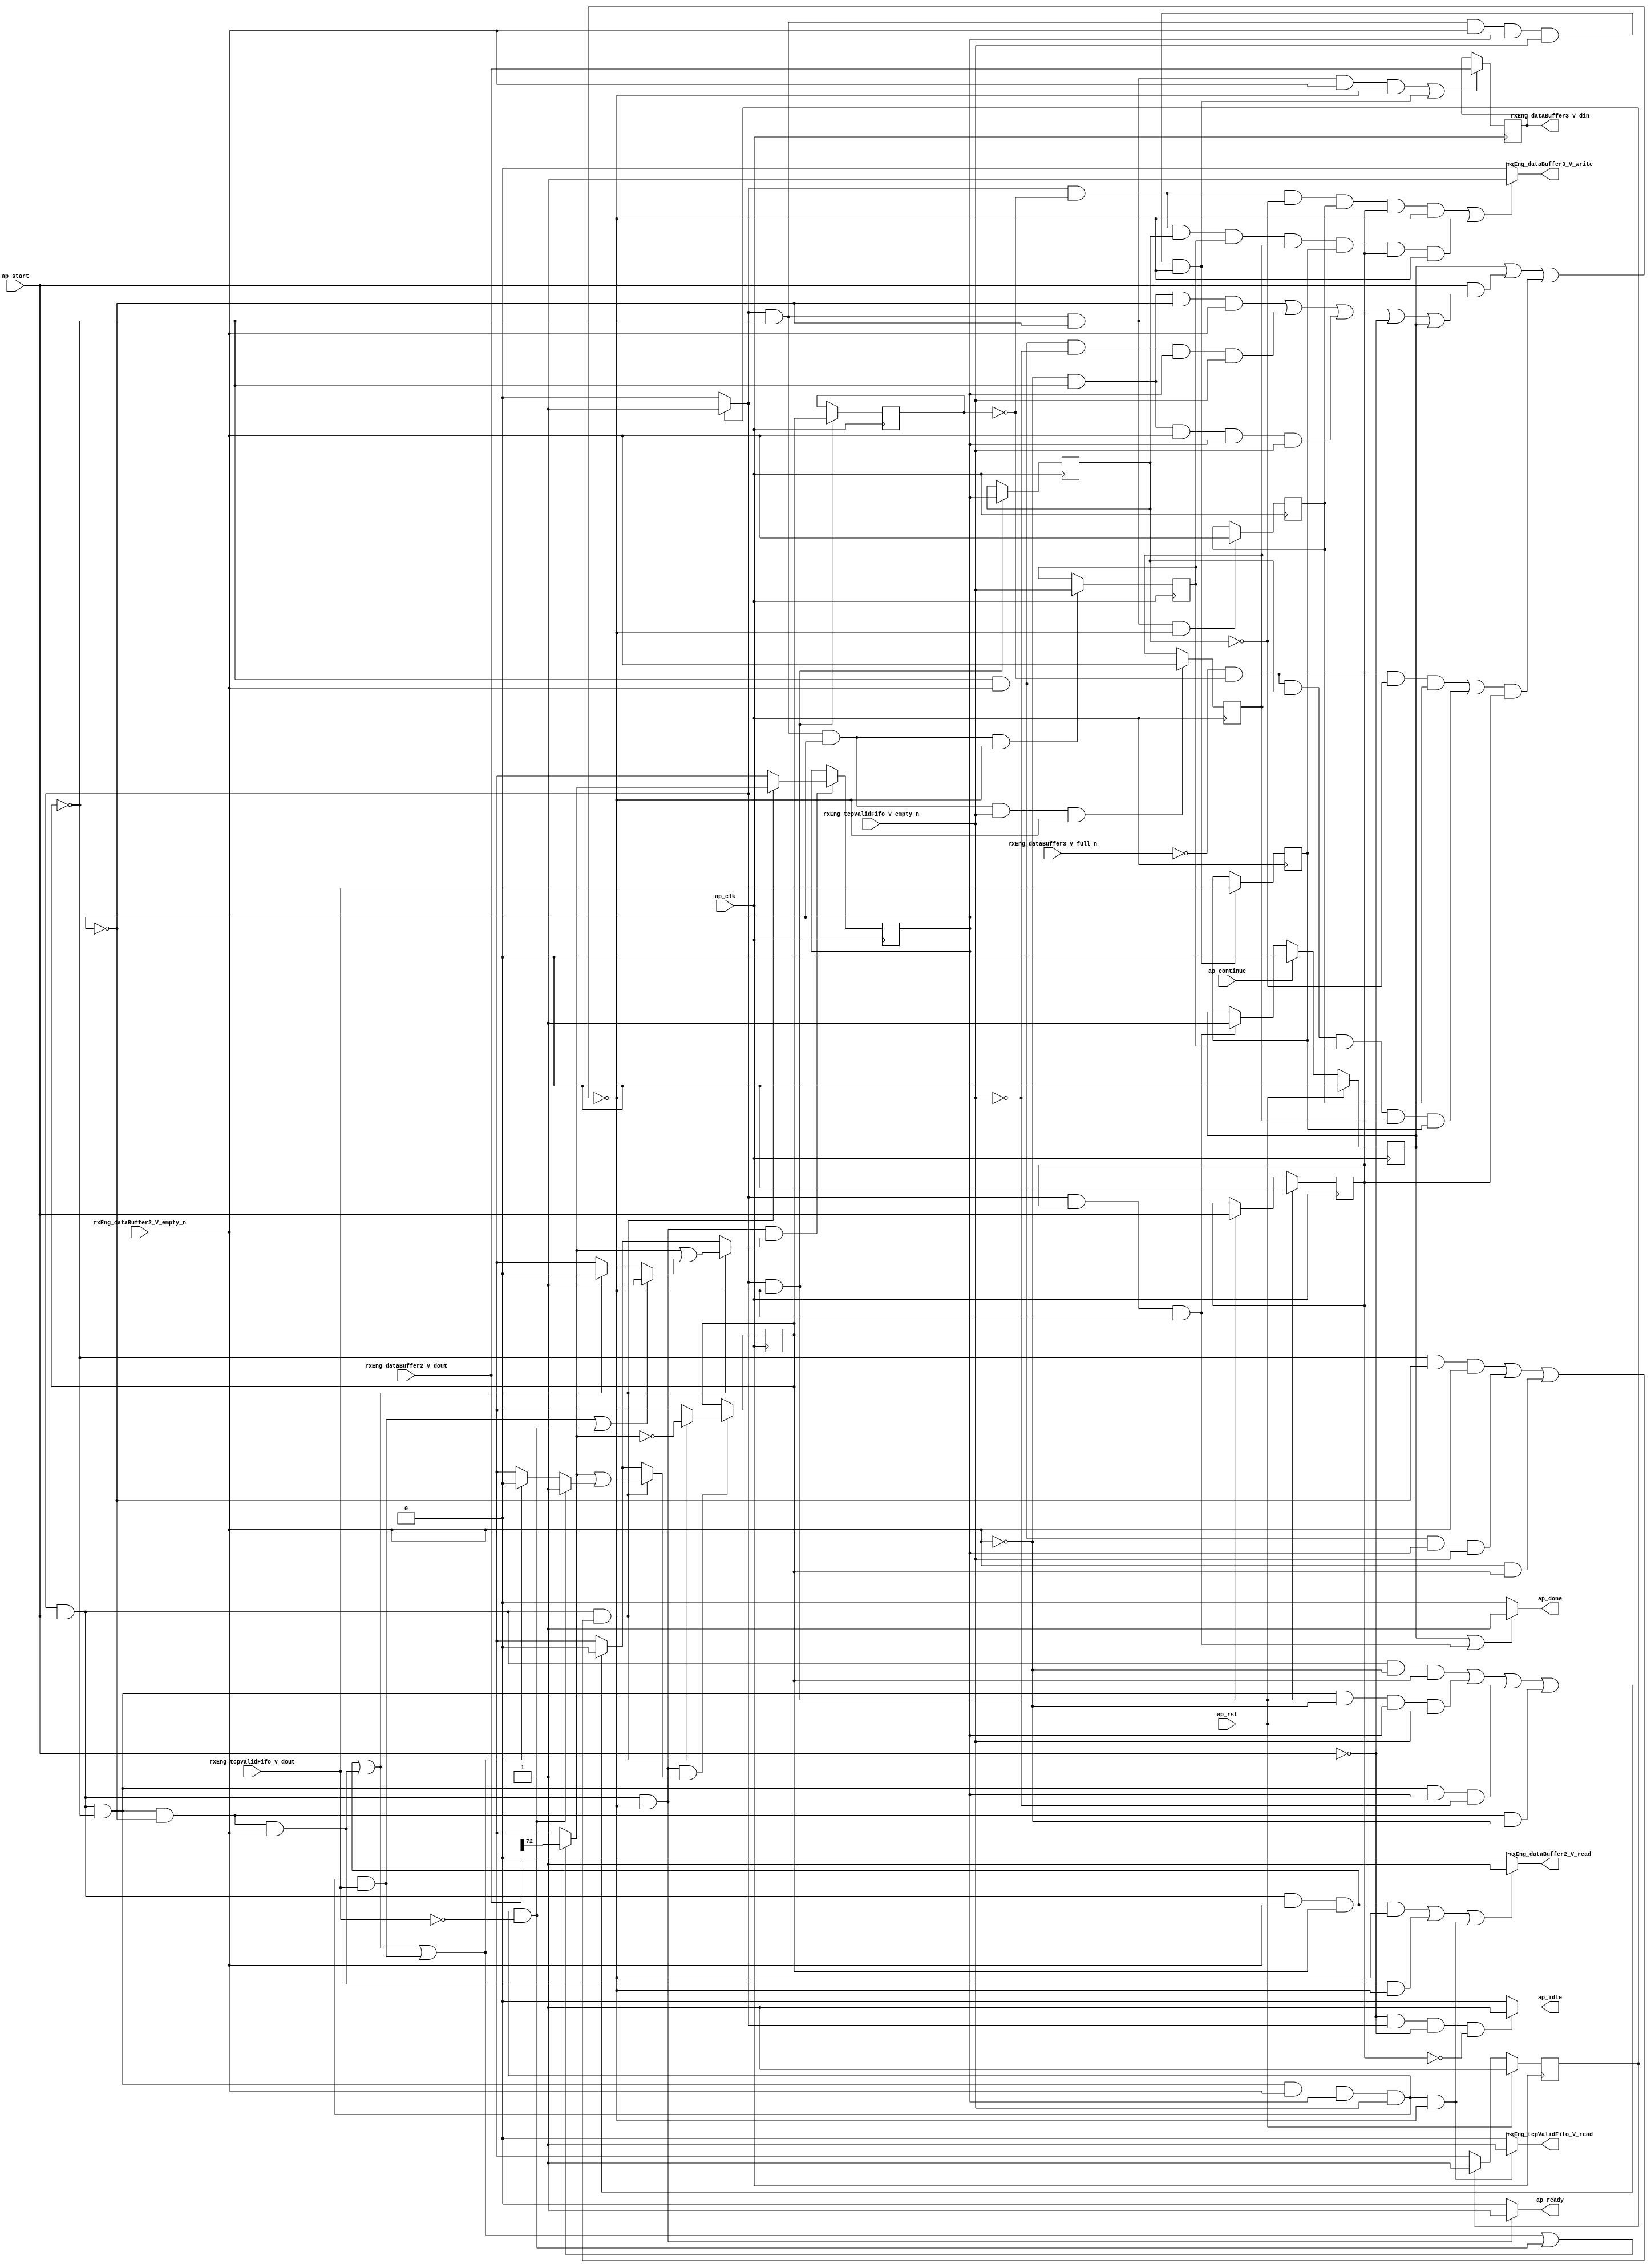
// ==============================================================
// RTL generated by Vivado(TM) HLS - High-Level Synthesis from C, C++ and SystemC
// Version: 2015.1
// Copyright (C) 2015 Xilinx Inc. All rights reserved.
// 
// ===========================================================

`timescale 1 ns / 1 ps 

module toe_rxTcpInvalidDropper (
        ap_clk,
        ap_rst,
        ap_start,
        ap_done,
        ap_continue,
        ap_idle,
        ap_ready,
        rxEng_dataBuffer2_V_dout,
        rxEng_dataBuffer2_V_empty_n,
        rxEng_dataBuffer2_V_read,
        rxEng_tcpValidFifo_V_dout,
        rxEng_tcpValidFifo_V_empty_n,
        rxEng_tcpValidFifo_V_read,
        rxEng_dataBuffer3_V_din,
        rxEng_dataBuffer3_V_full_n,
        rxEng_dataBuffer3_V_write
);

parameter    ap_const_logic_1 = 1'b1;
parameter    ap_const_logic_0 = 1'b0;
parameter    ap_ST_pp0_stg0_fsm_0 = 1'b1;
parameter    ap_const_lv32_0 = 32'b00000000000000000000000000000000;
parameter    ap_const_lv1_1 = 1'b1;
parameter    ap_const_lv1_0 = 1'b0;
parameter    ap_const_lv32_48 = 32'b1001000;
parameter    ap_true = 1'b1;

input   ap_clk;
input   ap_rst;
input   ap_start;
output   ap_done;
input   ap_continue;
output   ap_idle;
output   ap_ready;
input  [72:0] rxEng_dataBuffer2_V_dout;
input   rxEng_dataBuffer2_V_empty_n;
output   rxEng_dataBuffer2_V_read;
input  [0:0] rxEng_tcpValidFifo_V_dout;
input   rxEng_tcpValidFifo_V_empty_n;
output   rxEng_tcpValidFifo_V_read;
output  [72:0] rxEng_dataBuffer3_V_din;
input   rxEng_dataBuffer3_V_full_n;
output   rxEng_dataBuffer3_V_write;

reg ap_done;
reg ap_idle;
reg ap_ready;
reg rxEng_dataBuffer2_V_read;
reg rxEng_tcpValidFifo_V_read;
reg rxEng_dataBuffer3_V_write;
reg    ap_done_reg = 1'b0;
(* fsm_encoding = "none" *) reg   [0:0] ap_CS_fsm = 1'b1;
reg    ap_sig_cseq_ST_pp0_stg0_fsm_0;
reg    ap_sig_bdd_20;
wire    ap_reg_ppiten_pp0_it0;
reg    ap_reg_ppiten_pp0_it1 = 1'b0;
wire   [0:0] grp_nbreadreq_fu_68_p3;
wire   [0:0] tmp_82_nbreadreq_fu_82_p3;
reg    ap_sig_bdd_75;
reg   [0:0] rtid_drop_load_reg_288;
reg   [0:0] rtid_firstWord_load_reg_292;
reg   [0:0] tmp_83_reg_296;
reg   [0:0] tmp_82_reg_300;
reg   [0:0] tmp_84_reg_304;
reg   [0:0] tmp_428_reg_308;
reg    ap_sig_bdd_108;
reg   [0:0] rtid_drop = 1'b0;
reg   [0:0] rtid_firstWord = 1'b1;
reg   [72:0] reg_242;
wire   [0:0] tmp_428_read_fu_90_p2;
wire   [0:0] ap_reg_phiprechg_rtid_drop_flag_1_reg_103pp0_it0;
reg   [0:0] rtid_drop_flag_1_phi_fu_106_p8;
wire   [0:0] ap_reg_phiprechg_rtid_firstWord_flag_reg_120pp0_it0;
reg   [0:0] rtid_firstWord_flag_phi_fu_123_p8;
wire   [0:0] ap_reg_phiprechg_tmp_s_reg_137pp0_it0;
reg   [0:0] tmp_s_phi_fu_140_p8;
wire   [0:0] ap_reg_phiprechg_rtid_drop_flag_2_reg_150pp0_it0;
reg   [0:0] rtid_drop_flag_2_phi_fu_153_p10;
wire   [0:0] p_rtid_drop_flag_1_fu_255_p2;
wire   [0:0] not_tmp_s_fu_262_p2;
wire   [0:0] ap_reg_phiprechg_rtid_drop_new_2_reg_170pp0_it0;
reg   [0:0] rtid_drop_new_2_phi_fu_173_p10;
wire   [0:0] ap_reg_phiprechg_rtid_firstWord_flag_1_reg_189pp0_it0;
reg   [0:0] rtid_firstWord_flag_1_phi_fu_192_p10;
wire   [0:0] p_rtid_firstWord_flag_fu_269_p2;
wire   [0:0] ap_reg_phiprechg_rtid_firstWord_new_1_reg_209pp0_it0;
reg   [0:0] rtid_firstWord_new_1_phi_fu_212_p10;
reg   [0:0] ap_NS_fsm;
reg    ap_sig_pprstidle_pp0;




/// the current state (ap_CS_fsm) of the state machine. ///
always @ (posedge ap_clk)
begin : ap_ret_ap_CS_fsm
    if (ap_rst == 1'b1) begin
        ap_CS_fsm <= ap_ST_pp0_stg0_fsm_0;
    end else begin
        ap_CS_fsm <= ap_NS_fsm;
    end
end

/// ap_done_reg assign process. ///
always @ (posedge ap_clk)
begin : ap_ret_ap_done_reg
    if (ap_rst == 1'b1) begin
        ap_done_reg <= ap_const_logic_0;
    end else begin
        if ((ap_const_logic_1 == ap_continue)) begin
            ap_done_reg <= ap_const_logic_0;
        end else if (((ap_const_logic_1 == ap_sig_cseq_ST_pp0_stg0_fsm_0) & (ap_const_logic_1 == ap_reg_ppiten_pp0_it1) & ~((ap_done_reg == ap_const_logic_1) | ((ap_const_logic_1 == ap_reg_ppiten_pp0_it0) & ap_sig_bdd_75) | (ap_sig_bdd_108 & (ap_const_logic_1 == ap_reg_ppiten_pp0_it1))))) begin
            ap_done_reg <= ap_const_logic_1;
        end
    end
end

/// ap_reg_ppiten_pp0_it1 assign process. ///
always @ (posedge ap_clk)
begin : ap_ret_ap_reg_ppiten_pp0_it1
    if (ap_rst == 1'b1) begin
        ap_reg_ppiten_pp0_it1 <= ap_const_logic_0;
    end else begin
        if (((ap_const_logic_1 == ap_sig_cseq_ST_pp0_stg0_fsm_0) & ~((ap_done_reg == ap_const_logic_1) | ((ap_const_logic_1 == ap_reg_ppiten_pp0_it0) & ap_sig_bdd_75) | (ap_sig_bdd_108 & (ap_const_logic_1 == ap_reg_ppiten_pp0_it1))))) begin
            ap_reg_ppiten_pp0_it1 <= ap_reg_ppiten_pp0_it0;
        end
    end
end

/// assign process. ///
always @(posedge ap_clk)
begin
    if ((((ap_const_logic_1 == ap_sig_cseq_ST_pp0_stg0_fsm_0) & (rtid_drop == ap_const_lv1_0) & (ap_const_lv1_0 == rtid_firstWord) & ~(ap_const_lv1_0 == grp_nbreadreq_fu_68_p3) & ~((ap_done_reg == ap_const_logic_1) | ((ap_const_logic_1 == ap_reg_ppiten_pp0_it0) & ap_sig_bdd_75) | (ap_sig_bdd_108 & (ap_const_logic_1 == ap_reg_ppiten_pp0_it1)))) | ((ap_const_logic_1 == ap_sig_cseq_ST_pp0_stg0_fsm_0) & (rtid_drop == ap_const_lv1_0) & ~(ap_const_lv1_0 == grp_nbreadreq_fu_68_p3) & ~(ap_const_lv1_0 == rtid_firstWord) & ~(ap_const_lv1_0 == tmp_82_nbreadreq_fu_82_p3) & ~((ap_done_reg == ap_const_logic_1) | ((ap_const_logic_1 == ap_reg_ppiten_pp0_it0) & ap_sig_bdd_75) | (ap_sig_bdd_108 & (ap_const_logic_1 == ap_reg_ppiten_pp0_it1)))))) begin
        reg_242 <= rxEng_dataBuffer2_V_dout;
    end
end

/// assign process. ///
always @(posedge ap_clk)
begin
    if (((ap_const_logic_1 == ap_sig_cseq_ST_pp0_stg0_fsm_0) & (ap_const_logic_1 == ap_reg_ppiten_pp0_it0) & ~((ap_done_reg == ap_const_logic_1) | ((ap_const_logic_1 == ap_reg_ppiten_pp0_it0) & ap_sig_bdd_75) | (ap_sig_bdd_108 & (ap_const_logic_1 == ap_reg_ppiten_pp0_it1))) & ~(ap_const_lv1_0 == rtid_drop_flag_2_phi_fu_153_p10))) begin
        rtid_drop <= rtid_drop_new_2_phi_fu_173_p10;
    end
end

/// assign process. ///
always @(posedge ap_clk)
begin
    if (((ap_const_logic_1 == ap_sig_cseq_ST_pp0_stg0_fsm_0) & ~((ap_done_reg == ap_const_logic_1) | ((ap_const_logic_1 == ap_reg_ppiten_pp0_it0) & ap_sig_bdd_75) | (ap_sig_bdd_108 & (ap_const_logic_1 == ap_reg_ppiten_pp0_it1))))) begin
        rtid_drop_load_reg_288 <= rtid_drop;
        rtid_firstWord_load_reg_292 <= rtid_firstWord;
    end
end

/// assign process. ///
always @(posedge ap_clk)
begin
    if (((ap_const_logic_1 == ap_sig_cseq_ST_pp0_stg0_fsm_0) & (ap_const_logic_1 == ap_reg_ppiten_pp0_it0) & ~((ap_done_reg == ap_const_logic_1) | ((ap_const_logic_1 == ap_reg_ppiten_pp0_it0) & ap_sig_bdd_75) | (ap_sig_bdd_108 & (ap_const_logic_1 == ap_reg_ppiten_pp0_it1))) & ~(ap_const_lv1_0 == rtid_firstWord_flag_1_phi_fu_192_p10))) begin
        rtid_firstWord <= rtid_firstWord_new_1_phi_fu_212_p10;
    end
end

/// assign process. ///
always @(posedge ap_clk)
begin
    if (((ap_const_logic_1 == ap_sig_cseq_ST_pp0_stg0_fsm_0) & (rtid_drop == ap_const_lv1_0) & ~(ap_const_lv1_0 == grp_nbreadreq_fu_68_p3) & ~(ap_const_lv1_0 == rtid_firstWord) & ~(ap_const_lv1_0 == tmp_82_nbreadreq_fu_82_p3) & ~((ap_done_reg == ap_const_logic_1) | ((ap_const_logic_1 == ap_reg_ppiten_pp0_it0) & ap_sig_bdd_75) | (ap_sig_bdd_108 & (ap_const_logic_1 == ap_reg_ppiten_pp0_it1))))) begin
        tmp_428_reg_308 <= rxEng_tcpValidFifo_V_dout;
    end
end

/// assign process. ///
always @(posedge ap_clk)
begin
    if (((ap_const_logic_1 == ap_sig_cseq_ST_pp0_stg0_fsm_0) & (rtid_drop == ap_const_lv1_0) & ~(ap_const_lv1_0 == rtid_firstWord) & ~((ap_done_reg == ap_const_logic_1) | ((ap_const_logic_1 == ap_reg_ppiten_pp0_it0) & ap_sig_bdd_75) | (ap_sig_bdd_108 & (ap_const_logic_1 == ap_reg_ppiten_pp0_it1))))) begin
        tmp_82_reg_300 <= tmp_82_nbreadreq_fu_82_p3;
    end
end

/// assign process. ///
always @(posedge ap_clk)
begin
    if (((ap_const_logic_1 == ap_sig_cseq_ST_pp0_stg0_fsm_0) & (rtid_drop == ap_const_lv1_0) & (ap_const_lv1_0 == rtid_firstWord) & ~((ap_done_reg == ap_const_logic_1) | ((ap_const_logic_1 == ap_reg_ppiten_pp0_it0) & ap_sig_bdd_75) | (ap_sig_bdd_108 & (ap_const_logic_1 == ap_reg_ppiten_pp0_it1))))) begin
        tmp_83_reg_296 <= grp_nbreadreq_fu_68_p3;
    end
end

/// assign process. ///
always @(posedge ap_clk)
begin
    if (((ap_const_logic_1 == ap_sig_cseq_ST_pp0_stg0_fsm_0) & (rtid_drop == ap_const_lv1_0) & ~(ap_const_lv1_0 == rtid_firstWord) & ~(ap_const_lv1_0 == tmp_82_nbreadreq_fu_82_p3) & ~((ap_done_reg == ap_const_logic_1) | ((ap_const_logic_1 == ap_reg_ppiten_pp0_it0) & ap_sig_bdd_75) | (ap_sig_bdd_108 & (ap_const_logic_1 == ap_reg_ppiten_pp0_it1))))) begin
        tmp_84_reg_304 <= grp_nbreadreq_fu_68_p3;
    end
end

/// ap_done assign process. ///
always @ (ap_done_reg or ap_sig_cseq_ST_pp0_stg0_fsm_0 or ap_reg_ppiten_pp0_it0 or ap_reg_ppiten_pp0_it1 or ap_sig_bdd_75 or ap_sig_bdd_108)
begin
    if (((ap_const_logic_1 == ap_done_reg) | ((ap_const_logic_1 == ap_sig_cseq_ST_pp0_stg0_fsm_0) & (ap_const_logic_1 == ap_reg_ppiten_pp0_it1) & ~((ap_done_reg == ap_const_logic_1) | ((ap_const_logic_1 == ap_reg_ppiten_pp0_it0) & ap_sig_bdd_75) | (ap_sig_bdd_108 & (ap_const_logic_1 == ap_reg_ppiten_pp0_it1)))))) begin
        ap_done = ap_const_logic_1;
    end else begin
        ap_done = ap_const_logic_0;
    end
end

/// ap_idle assign process. ///
always @ (ap_start or ap_sig_cseq_ST_pp0_stg0_fsm_0 or ap_reg_ppiten_pp0_it0 or ap_reg_ppiten_pp0_it1)
begin
    if ((~(ap_const_logic_1 == ap_start) & (ap_const_logic_1 == ap_sig_cseq_ST_pp0_stg0_fsm_0) & (ap_const_logic_0 == ap_reg_ppiten_pp0_it0) & (ap_const_logic_0 == ap_reg_ppiten_pp0_it1))) begin
        ap_idle = ap_const_logic_1;
    end else begin
        ap_idle = ap_const_logic_0;
    end
end

/// ap_ready assign process. ///
always @ (ap_done_reg or ap_sig_cseq_ST_pp0_stg0_fsm_0 or ap_reg_ppiten_pp0_it0 or ap_reg_ppiten_pp0_it1 or ap_sig_bdd_75 or ap_sig_bdd_108)
begin
    if (((ap_const_logic_1 == ap_sig_cseq_ST_pp0_stg0_fsm_0) & (ap_const_logic_1 == ap_reg_ppiten_pp0_it0) & ~((ap_done_reg == ap_const_logic_1) | ((ap_const_logic_1 == ap_reg_ppiten_pp0_it0) & ap_sig_bdd_75) | (ap_sig_bdd_108 & (ap_const_logic_1 == ap_reg_ppiten_pp0_it1))))) begin
        ap_ready = ap_const_logic_1;
    end else begin
        ap_ready = ap_const_logic_0;
    end
end

/// ap_sig_cseq_ST_pp0_stg0_fsm_0 assign process. ///
always @ (ap_sig_bdd_20)
begin
    if (ap_sig_bdd_20) begin
        ap_sig_cseq_ST_pp0_stg0_fsm_0 = ap_const_logic_1;
    end else begin
        ap_sig_cseq_ST_pp0_stg0_fsm_0 = ap_const_logic_0;
    end
end

/// ap_sig_pprstidle_pp0 assign process. ///
always @ (ap_start or ap_reg_ppiten_pp0_it0)
begin
    if (((ap_const_logic_0 == ap_reg_ppiten_pp0_it0) & (ap_const_logic_0 == ap_start))) begin
        ap_sig_pprstidle_pp0 = ap_const_logic_1;
    end else begin
        ap_sig_pprstidle_pp0 = ap_const_logic_0;
    end
end

/// rtid_drop_flag_1_phi_fu_106_p8 assign process. ///
always @ (ap_sig_cseq_ST_pp0_stg0_fsm_0 or ap_reg_ppiten_pp0_it0 or grp_nbreadreq_fu_68_p3 or tmp_82_nbreadreq_fu_82_p3 or rtid_drop or rtid_firstWord or tmp_428_read_fu_90_p2 or ap_reg_phiprechg_rtid_drop_flag_1_reg_103pp0_it0)
begin
    if (((ap_const_logic_1 == ap_sig_cseq_ST_pp0_stg0_fsm_0) & (ap_const_logic_1 == ap_reg_ppiten_pp0_it0) & (rtid_drop == ap_const_lv1_0) & ~(ap_const_lv1_0 == grp_nbreadreq_fu_68_p3) & ~(ap_const_lv1_0 == rtid_firstWord) & ~(ap_const_lv1_0 == tmp_82_nbreadreq_fu_82_p3) & (ap_const_lv1_0 == tmp_428_read_fu_90_p2))) begin
        rtid_drop_flag_1_phi_fu_106_p8 = ap_const_lv1_1;
    end else if ((((ap_const_logic_1 == ap_sig_cseq_ST_pp0_stg0_fsm_0) & (ap_const_logic_1 == ap_reg_ppiten_pp0_it0) & ~(ap_const_lv1_0 == grp_nbreadreq_fu_68_p3) & ~(rtid_drop == ap_const_lv1_0)) | ((ap_const_logic_1 == ap_sig_cseq_ST_pp0_stg0_fsm_0) & (ap_const_logic_1 == ap_reg_ppiten_pp0_it0) & (rtid_drop == ap_const_lv1_0) & (ap_const_lv1_0 == rtid_firstWord) & ~(ap_const_lv1_0 == grp_nbreadreq_fu_68_p3)) | ((ap_const_logic_1 == ap_sig_cseq_ST_pp0_stg0_fsm_0) & (ap_const_logic_1 == ap_reg_ppiten_pp0_it0) & (rtid_drop == ap_const_lv1_0) & ~(ap_const_lv1_0 == grp_nbreadreq_fu_68_p3) & ~(ap_const_lv1_0 == rtid_firstWord) & ~(ap_const_lv1_0 == tmp_82_nbreadreq_fu_82_p3) & ~(ap_const_lv1_0 == tmp_428_read_fu_90_p2)))) begin
        rtid_drop_flag_1_phi_fu_106_p8 = ap_const_lv1_0;
    end else begin
        rtid_drop_flag_1_phi_fu_106_p8 = ap_reg_phiprechg_rtid_drop_flag_1_reg_103pp0_it0;
    end
end

/// rtid_drop_flag_2_phi_fu_153_p10 assign process. ///
always @ (ap_sig_cseq_ST_pp0_stg0_fsm_0 or ap_reg_ppiten_pp0_it0 or grp_nbreadreq_fu_68_p3 or tmp_82_nbreadreq_fu_82_p3 or rtid_drop or rtid_firstWord or ap_reg_phiprechg_rtid_drop_flag_2_reg_150pp0_it0 or p_rtid_drop_flag_1_fu_255_p2)
begin
    if (((ap_const_logic_1 == ap_sig_cseq_ST_pp0_stg0_fsm_0) & (ap_const_logic_1 == ap_reg_ppiten_pp0_it0) & (((rtid_drop == ap_const_lv1_0) & (ap_const_lv1_0 == rtid_firstWord) & ~(ap_const_lv1_0 == grp_nbreadreq_fu_68_p3)) | ((rtid_drop == ap_const_lv1_0) & ~(ap_const_lv1_0 == grp_nbreadreq_fu_68_p3) & ~(ap_const_lv1_0 == rtid_firstWord) & ~(ap_const_lv1_0 == tmp_82_nbreadreq_fu_82_p3)) | (~(ap_const_lv1_0 == grp_nbreadreq_fu_68_p3) & ~(rtid_drop == ap_const_lv1_0))))) begin
        rtid_drop_flag_2_phi_fu_153_p10 = p_rtid_drop_flag_1_fu_255_p2;
    end else if ((((ap_const_logic_1 == ap_sig_cseq_ST_pp0_stg0_fsm_0) & (ap_const_logic_1 == ap_reg_ppiten_pp0_it0) & (ap_const_lv1_0 == grp_nbreadreq_fu_68_p3) & ~(rtid_drop == ap_const_lv1_0)) | ((ap_const_logic_1 == ap_sig_cseq_ST_pp0_stg0_fsm_0) & (ap_const_logic_1 == ap_reg_ppiten_pp0_it0) & (rtid_drop == ap_const_lv1_0) & (ap_const_lv1_0 == grp_nbreadreq_fu_68_p3) & ~(ap_const_lv1_0 == rtid_firstWord) & ~(ap_const_lv1_0 == tmp_82_nbreadreq_fu_82_p3)) | ((ap_const_logic_1 == ap_sig_cseq_ST_pp0_stg0_fsm_0) & (ap_const_logic_1 == ap_reg_ppiten_pp0_it0) & (rtid_drop == ap_const_lv1_0) & ~(ap_const_lv1_0 == rtid_firstWord) & (ap_const_lv1_0 == tmp_82_nbreadreq_fu_82_p3)) | ((ap_const_logic_1 == ap_sig_cseq_ST_pp0_stg0_fsm_0) & (ap_const_logic_1 == ap_reg_ppiten_pp0_it0) & (rtid_drop == ap_const_lv1_0) & (ap_const_lv1_0 == rtid_firstWord) & (ap_const_lv1_0 == grp_nbreadreq_fu_68_p3)))) begin
        rtid_drop_flag_2_phi_fu_153_p10 = ap_const_lv1_0;
    end else begin
        rtid_drop_flag_2_phi_fu_153_p10 = ap_reg_phiprechg_rtid_drop_flag_2_reg_150pp0_it0;
    end
end

/// rtid_drop_new_2_phi_fu_173_p10 assign process. ///
always @ (ap_sig_cseq_ST_pp0_stg0_fsm_0 or ap_reg_ppiten_pp0_it0 or grp_nbreadreq_fu_68_p3 or tmp_82_nbreadreq_fu_82_p3 or rtid_drop or rtid_firstWord or not_tmp_s_fu_262_p2 or ap_reg_phiprechg_rtid_drop_new_2_reg_170pp0_it0)
begin
    if (((ap_const_logic_1 == ap_sig_cseq_ST_pp0_stg0_fsm_0) & (ap_const_logic_1 == ap_reg_ppiten_pp0_it0) & (((rtid_drop == ap_const_lv1_0) & (ap_const_lv1_0 == rtid_firstWord) & ~(ap_const_lv1_0 == grp_nbreadreq_fu_68_p3)) | ((rtid_drop == ap_const_lv1_0) & ~(ap_const_lv1_0 == grp_nbreadreq_fu_68_p3) & ~(ap_const_lv1_0 == rtid_firstWord) & ~(ap_const_lv1_0 == tmp_82_nbreadreq_fu_82_p3)) | (~(ap_const_lv1_0 == grp_nbreadreq_fu_68_p3) & ~(rtid_drop == ap_const_lv1_0))))) begin
        rtid_drop_new_2_phi_fu_173_p10 = not_tmp_s_fu_262_p2;
    end else begin
        rtid_drop_new_2_phi_fu_173_p10 = ap_reg_phiprechg_rtid_drop_new_2_reg_170pp0_it0;
    end
end

/// rtid_firstWord_flag_1_phi_fu_192_p10 assign process. ///
always @ (ap_sig_cseq_ST_pp0_stg0_fsm_0 or ap_reg_ppiten_pp0_it0 or grp_nbreadreq_fu_68_p3 or tmp_82_nbreadreq_fu_82_p3 or rtid_drop or rtid_firstWord or ap_reg_phiprechg_rtid_firstWord_flag_1_reg_189pp0_it0 or p_rtid_firstWord_flag_fu_269_p2)
begin
    if (((ap_const_logic_1 == ap_sig_cseq_ST_pp0_stg0_fsm_0) & (ap_const_logic_1 == ap_reg_ppiten_pp0_it0) & (((rtid_drop == ap_const_lv1_0) & (ap_const_lv1_0 == rtid_firstWord) & ~(ap_const_lv1_0 == grp_nbreadreq_fu_68_p3)) | ((rtid_drop == ap_const_lv1_0) & ~(ap_const_lv1_0 == grp_nbreadreq_fu_68_p3) & ~(ap_const_lv1_0 == rtid_firstWord) & ~(ap_const_lv1_0 == tmp_82_nbreadreq_fu_82_p3)) | (~(ap_const_lv1_0 == grp_nbreadreq_fu_68_p3) & ~(rtid_drop == ap_const_lv1_0))))) begin
        rtid_firstWord_flag_1_phi_fu_192_p10 = p_rtid_firstWord_flag_fu_269_p2;
    end else if ((((ap_const_logic_1 == ap_sig_cseq_ST_pp0_stg0_fsm_0) & (ap_const_logic_1 == ap_reg_ppiten_pp0_it0) & (ap_const_lv1_0 == grp_nbreadreq_fu_68_p3) & ~(rtid_drop == ap_const_lv1_0)) | ((ap_const_logic_1 == ap_sig_cseq_ST_pp0_stg0_fsm_0) & (ap_const_logic_1 == ap_reg_ppiten_pp0_it0) & (rtid_drop == ap_const_lv1_0) & (ap_const_lv1_0 == grp_nbreadreq_fu_68_p3) & ~(ap_const_lv1_0 == rtid_firstWord) & ~(ap_const_lv1_0 == tmp_82_nbreadreq_fu_82_p3)) | ((ap_const_logic_1 == ap_sig_cseq_ST_pp0_stg0_fsm_0) & (ap_const_logic_1 == ap_reg_ppiten_pp0_it0) & (rtid_drop == ap_const_lv1_0) & ~(ap_const_lv1_0 == rtid_firstWord) & (ap_const_lv1_0 == tmp_82_nbreadreq_fu_82_p3)) | ((ap_const_logic_1 == ap_sig_cseq_ST_pp0_stg0_fsm_0) & (ap_const_logic_1 == ap_reg_ppiten_pp0_it0) & (rtid_drop == ap_const_lv1_0) & (ap_const_lv1_0 == rtid_firstWord) & (ap_const_lv1_0 == grp_nbreadreq_fu_68_p3)))) begin
        rtid_firstWord_flag_1_phi_fu_192_p10 = ap_const_lv1_0;
    end else begin
        rtid_firstWord_flag_1_phi_fu_192_p10 = ap_reg_phiprechg_rtid_firstWord_flag_1_reg_189pp0_it0;
    end
end

/// rtid_firstWord_flag_phi_fu_123_p8 assign process. ///
always @ (ap_sig_cseq_ST_pp0_stg0_fsm_0 or ap_reg_ppiten_pp0_it0 or grp_nbreadreq_fu_68_p3 or tmp_82_nbreadreq_fu_82_p3 or rtid_drop or rtid_firstWord or tmp_428_read_fu_90_p2 or ap_reg_phiprechg_rtid_firstWord_flag_reg_120pp0_it0)
begin
    if ((((ap_const_logic_1 == ap_sig_cseq_ST_pp0_stg0_fsm_0) & (ap_const_logic_1 == ap_reg_ppiten_pp0_it0) & (rtid_drop == ap_const_lv1_0) & ~(ap_const_lv1_0 == grp_nbreadreq_fu_68_p3) & ~(ap_const_lv1_0 == rtid_firstWord) & ~(ap_const_lv1_0 == tmp_82_nbreadreq_fu_82_p3) & ~(ap_const_lv1_0 == tmp_428_read_fu_90_p2)) | ((ap_const_logic_1 == ap_sig_cseq_ST_pp0_stg0_fsm_0) & (ap_const_logic_1 == ap_reg_ppiten_pp0_it0) & (rtid_drop == ap_const_lv1_0) & ~(ap_const_lv1_0 == grp_nbreadreq_fu_68_p3) & ~(ap_const_lv1_0 == rtid_firstWord) & ~(ap_const_lv1_0 == tmp_82_nbreadreq_fu_82_p3) & (ap_const_lv1_0 == tmp_428_read_fu_90_p2)))) begin
        rtid_firstWord_flag_phi_fu_123_p8 = ap_const_lv1_1;
    end else if ((((ap_const_logic_1 == ap_sig_cseq_ST_pp0_stg0_fsm_0) & (ap_const_logic_1 == ap_reg_ppiten_pp0_it0) & ~(ap_const_lv1_0 == grp_nbreadreq_fu_68_p3) & ~(rtid_drop == ap_const_lv1_0)) | ((ap_const_logic_1 == ap_sig_cseq_ST_pp0_stg0_fsm_0) & (ap_const_logic_1 == ap_reg_ppiten_pp0_it0) & (rtid_drop == ap_const_lv1_0) & (ap_const_lv1_0 == rtid_firstWord) & ~(ap_const_lv1_0 == grp_nbreadreq_fu_68_p3)))) begin
        rtid_firstWord_flag_phi_fu_123_p8 = ap_const_lv1_0;
    end else begin
        rtid_firstWord_flag_phi_fu_123_p8 = ap_reg_phiprechg_rtid_firstWord_flag_reg_120pp0_it0;
    end
end

/// rtid_firstWord_new_1_phi_fu_212_p10 assign process. ///
always @ (ap_sig_cseq_ST_pp0_stg0_fsm_0 or ap_reg_ppiten_pp0_it0 or grp_nbreadreq_fu_68_p3 or tmp_82_nbreadreq_fu_82_p3 or rtid_drop or rtid_firstWord or tmp_s_phi_fu_140_p8 or ap_reg_phiprechg_rtid_firstWord_new_1_reg_209pp0_it0)
begin
    if (((ap_const_logic_1 == ap_sig_cseq_ST_pp0_stg0_fsm_0) & (ap_const_logic_1 == ap_reg_ppiten_pp0_it0) & (((rtid_drop == ap_const_lv1_0) & (ap_const_lv1_0 == rtid_firstWord) & ~(ap_const_lv1_0 == grp_nbreadreq_fu_68_p3)) | ((rtid_drop == ap_const_lv1_0) & ~(ap_const_lv1_0 == grp_nbreadreq_fu_68_p3) & ~(ap_const_lv1_0 == rtid_firstWord) & ~(ap_const_lv1_0 == tmp_82_nbreadreq_fu_82_p3)) | (~(ap_const_lv1_0 == grp_nbreadreq_fu_68_p3) & ~(rtid_drop == ap_const_lv1_0))))) begin
        rtid_firstWord_new_1_phi_fu_212_p10 = tmp_s_phi_fu_140_p8;
    end else begin
        rtid_firstWord_new_1_phi_fu_212_p10 = ap_reg_phiprechg_rtid_firstWord_new_1_reg_209pp0_it0;
    end
end

/// rxEng_dataBuffer2_V_read assign process. ///
always @ (ap_done_reg or ap_sig_cseq_ST_pp0_stg0_fsm_0 or ap_reg_ppiten_pp0_it0 or ap_reg_ppiten_pp0_it1 or grp_nbreadreq_fu_68_p3 or tmp_82_nbreadreq_fu_82_p3 or ap_sig_bdd_75 or ap_sig_bdd_108 or rtid_drop or rtid_firstWord)
begin
    if ((((ap_const_logic_1 == ap_sig_cseq_ST_pp0_stg0_fsm_0) & (ap_const_logic_1 == ap_reg_ppiten_pp0_it0) & ~(ap_const_lv1_0 == grp_nbreadreq_fu_68_p3) & ~(rtid_drop == ap_const_lv1_0) & ~((ap_done_reg == ap_const_logic_1) | ((ap_const_logic_1 == ap_reg_ppiten_pp0_it0) & ap_sig_bdd_75) | (ap_sig_bdd_108 & (ap_const_logic_1 == ap_reg_ppiten_pp0_it1)))) | ((ap_const_logic_1 == ap_sig_cseq_ST_pp0_stg0_fsm_0) & (ap_const_logic_1 == ap_reg_ppiten_pp0_it0) & (rtid_drop == ap_const_lv1_0) & (ap_const_lv1_0 == rtid_firstWord) & ~(ap_const_lv1_0 == grp_nbreadreq_fu_68_p3) & ~((ap_done_reg == ap_const_logic_1) | ((ap_const_logic_1 == ap_reg_ppiten_pp0_it0) & ap_sig_bdd_75) | (ap_sig_bdd_108 & (ap_const_logic_1 == ap_reg_ppiten_pp0_it1)))) | ((ap_const_logic_1 == ap_sig_cseq_ST_pp0_stg0_fsm_0) & (ap_const_logic_1 == ap_reg_ppiten_pp0_it0) & (rtid_drop == ap_const_lv1_0) & ~(ap_const_lv1_0 == grp_nbreadreq_fu_68_p3) & ~(ap_const_lv1_0 == rtid_firstWord) & ~(ap_const_lv1_0 == tmp_82_nbreadreq_fu_82_p3) & ~((ap_done_reg == ap_const_logic_1) | ((ap_const_logic_1 == ap_reg_ppiten_pp0_it0) & ap_sig_bdd_75) | (ap_sig_bdd_108 & (ap_const_logic_1 == ap_reg_ppiten_pp0_it1)))))) begin
        rxEng_dataBuffer2_V_read = ap_const_logic_1;
    end else begin
        rxEng_dataBuffer2_V_read = ap_const_logic_0;
    end
end

/// rxEng_dataBuffer3_V_write assign process. ///
always @ (ap_done_reg or ap_sig_cseq_ST_pp0_stg0_fsm_0 or ap_reg_ppiten_pp0_it0 or ap_reg_ppiten_pp0_it1 or ap_sig_bdd_75 or rtid_drop_load_reg_288 or rtid_firstWord_load_reg_292 or tmp_83_reg_296 or tmp_82_reg_300 or tmp_84_reg_304 or tmp_428_reg_308 or ap_sig_bdd_108)
begin
    if ((((ap_const_logic_1 == ap_sig_cseq_ST_pp0_stg0_fsm_0) & (ap_const_lv1_0 == rtid_drop_load_reg_288) & (ap_const_lv1_0 == rtid_firstWord_load_reg_292) & ~(ap_const_lv1_0 == tmp_83_reg_296) & (ap_const_logic_1 == ap_reg_ppiten_pp0_it1) & ~((ap_done_reg == ap_const_logic_1) | ((ap_const_logic_1 == ap_reg_ppiten_pp0_it0) & ap_sig_bdd_75) | (ap_sig_bdd_108 & (ap_const_logic_1 == ap_reg_ppiten_pp0_it1)))) | ((ap_const_logic_1 == ap_sig_cseq_ST_pp0_stg0_fsm_0) & (ap_const_lv1_0 == rtid_drop_load_reg_288) & ~(ap_const_lv1_0 == rtid_firstWord_load_reg_292) & ~(ap_const_lv1_0 == tmp_82_reg_300) & ~(ap_const_lv1_0 == tmp_84_reg_304) & ~(ap_const_lv1_0 == tmp_428_reg_308) & (ap_const_logic_1 == ap_reg_ppiten_pp0_it1) & ~((ap_done_reg == ap_const_logic_1) | ((ap_const_logic_1 == ap_reg_ppiten_pp0_it0) & ap_sig_bdd_75) | (ap_sig_bdd_108 & (ap_const_logic_1 == ap_reg_ppiten_pp0_it1)))))) begin
        rxEng_dataBuffer3_V_write = ap_const_logic_1;
    end else begin
        rxEng_dataBuffer3_V_write = ap_const_logic_0;
    end
end

/// rxEng_tcpValidFifo_V_read assign process. ///
always @ (ap_done_reg or ap_sig_cseq_ST_pp0_stg0_fsm_0 or ap_reg_ppiten_pp0_it0 or ap_reg_ppiten_pp0_it1 or grp_nbreadreq_fu_68_p3 or tmp_82_nbreadreq_fu_82_p3 or ap_sig_bdd_75 or ap_sig_bdd_108 or rtid_drop or rtid_firstWord)
begin
    if (((ap_const_logic_1 == ap_sig_cseq_ST_pp0_stg0_fsm_0) & (ap_const_logic_1 == ap_reg_ppiten_pp0_it0) & (rtid_drop == ap_const_lv1_0) & ~(ap_const_lv1_0 == grp_nbreadreq_fu_68_p3) & ~(ap_const_lv1_0 == rtid_firstWord) & ~(ap_const_lv1_0 == tmp_82_nbreadreq_fu_82_p3) & ~((ap_done_reg == ap_const_logic_1) | ((ap_const_logic_1 == ap_reg_ppiten_pp0_it0) & ap_sig_bdd_75) | (ap_sig_bdd_108 & (ap_const_logic_1 == ap_reg_ppiten_pp0_it1))))) begin
        rxEng_tcpValidFifo_V_read = ap_const_logic_1;
    end else begin
        rxEng_tcpValidFifo_V_read = ap_const_logic_0;
    end
end

/// tmp_s_phi_fu_140_p8 assign process. ///
always @ (ap_sig_cseq_ST_pp0_stg0_fsm_0 or ap_reg_ppiten_pp0_it0 or rxEng_dataBuffer2_V_dout or grp_nbreadreq_fu_68_p3 or tmp_82_nbreadreq_fu_82_p3 or rtid_drop or rtid_firstWord or tmp_428_read_fu_90_p2 or ap_reg_phiprechg_tmp_s_reg_137pp0_it0)
begin
    if ((((ap_const_logic_1 == ap_sig_cseq_ST_pp0_stg0_fsm_0) & (ap_const_logic_1 == ap_reg_ppiten_pp0_it0) & ~(ap_const_lv1_0 == grp_nbreadreq_fu_68_p3) & ~(rtid_drop == ap_const_lv1_0)) | ((ap_const_logic_1 == ap_sig_cseq_ST_pp0_stg0_fsm_0) & (ap_const_logic_1 == ap_reg_ppiten_pp0_it0) & (rtid_drop == ap_const_lv1_0) & (ap_const_lv1_0 == rtid_firstWord) & ~(ap_const_lv1_0 == grp_nbreadreq_fu_68_p3)) | ((ap_const_logic_1 == ap_sig_cseq_ST_pp0_stg0_fsm_0) & (ap_const_logic_1 == ap_reg_ppiten_pp0_it0) & (rtid_drop == ap_const_lv1_0) & ~(ap_const_lv1_0 == grp_nbreadreq_fu_68_p3) & ~(ap_const_lv1_0 == rtid_firstWord) & ~(ap_const_lv1_0 == tmp_82_nbreadreq_fu_82_p3) & ~(ap_const_lv1_0 == tmp_428_read_fu_90_p2)) | ((ap_const_logic_1 == ap_sig_cseq_ST_pp0_stg0_fsm_0) & (ap_const_logic_1 == ap_reg_ppiten_pp0_it0) & (rtid_drop == ap_const_lv1_0) & ~(ap_const_lv1_0 == grp_nbreadreq_fu_68_p3) & ~(ap_const_lv1_0 == rtid_firstWord) & ~(ap_const_lv1_0 == tmp_82_nbreadreq_fu_82_p3) & (ap_const_lv1_0 == tmp_428_read_fu_90_p2)))) begin
        tmp_s_phi_fu_140_p8 = rxEng_dataBuffer2_V_dout[ap_const_lv32_48];
    end else begin
        tmp_s_phi_fu_140_p8 = ap_reg_phiprechg_tmp_s_reg_137pp0_it0;
    end
end
/// the next state (ap_NS_fsm) of the state machine. ///
always @ (ap_done_reg or ap_CS_fsm or ap_reg_ppiten_pp0_it0 or ap_reg_ppiten_pp0_it1 or ap_sig_bdd_75 or ap_sig_bdd_108 or ap_sig_pprstidle_pp0)
begin
    case (ap_CS_fsm)
        ap_ST_pp0_stg0_fsm_0 : 
        begin
            ap_NS_fsm = ap_ST_pp0_stg0_fsm_0;
        end
        default : 
        begin
            ap_NS_fsm = 'bx;
        end
    endcase
end

assign ap_reg_phiprechg_rtid_drop_flag_1_reg_103pp0_it0 = 'bx;
assign ap_reg_phiprechg_rtid_drop_flag_2_reg_150pp0_it0 = 'bx;
assign ap_reg_phiprechg_rtid_drop_new_2_reg_170pp0_it0 = 'bx;
assign ap_reg_phiprechg_rtid_firstWord_flag_1_reg_189pp0_it0 = 'bx;
assign ap_reg_phiprechg_rtid_firstWord_flag_reg_120pp0_it0 = 'bx;
assign ap_reg_phiprechg_rtid_firstWord_new_1_reg_209pp0_it0 = 'bx;
assign ap_reg_phiprechg_tmp_s_reg_137pp0_it0 = 'bx;
assign ap_reg_ppiten_pp0_it0 = ap_start;

/// ap_sig_bdd_108 assign process. ///
always @ (rxEng_dataBuffer3_V_full_n or rtid_drop_load_reg_288 or rtid_firstWord_load_reg_292 or tmp_83_reg_296 or tmp_82_reg_300 or tmp_84_reg_304 or tmp_428_reg_308)
begin
    ap_sig_bdd_108 = (((rxEng_dataBuffer3_V_full_n == ap_const_logic_0) & (ap_const_lv1_0 == rtid_drop_load_reg_288) & (ap_const_lv1_0 == rtid_firstWord_load_reg_292) & ~(ap_const_lv1_0 == tmp_83_reg_296)) | ((rxEng_dataBuffer3_V_full_n == ap_const_logic_0) & (ap_const_lv1_0 == rtid_drop_load_reg_288) & ~(ap_const_lv1_0 == rtid_firstWord_load_reg_292) & ~(ap_const_lv1_0 == tmp_82_reg_300) & ~(ap_const_lv1_0 == tmp_84_reg_304) & ~(ap_const_lv1_0 == tmp_428_reg_308)));
end

/// ap_sig_bdd_20 assign process. ///
always @ (ap_CS_fsm)
begin
    ap_sig_bdd_20 = (ap_CS_fsm[ap_const_lv32_0] == ap_const_lv1_1);
end

/// ap_sig_bdd_75 assign process. ///
always @ (ap_start or ap_done_reg or rxEng_dataBuffer2_V_empty_n or grp_nbreadreq_fu_68_p3 or rxEng_tcpValidFifo_V_empty_n or tmp_82_nbreadreq_fu_82_p3 or rtid_drop or rtid_firstWord)
begin
    ap_sig_bdd_75 = (((rxEng_dataBuffer2_V_empty_n == ap_const_logic_0) & (rtid_drop == ap_const_lv1_0) & (ap_const_lv1_0 == rtid_firstWord) & ~(ap_const_lv1_0 == grp_nbreadreq_fu_68_p3)) | ((rtid_drop == ap_const_lv1_0) & ~(ap_const_lv1_0 == grp_nbreadreq_fu_68_p3) & (rxEng_tcpValidFifo_V_empty_n == ap_const_logic_0) & ~(ap_const_lv1_0 == rtid_firstWord) & ~(ap_const_lv1_0 == tmp_82_nbreadreq_fu_82_p3)) | ((rxEng_dataBuffer2_V_empty_n == ap_const_logic_0) & (rtid_drop == ap_const_lv1_0) & ~(ap_const_lv1_0 == grp_nbreadreq_fu_68_p3) & ~(ap_const_lv1_0 == rtid_firstWord) & ~(ap_const_lv1_0 == tmp_82_nbreadreq_fu_82_p3)) | ((rxEng_dataBuffer2_V_empty_n == ap_const_logic_0) & ~(ap_const_lv1_0 == grp_nbreadreq_fu_68_p3) & ~(rtid_drop == ap_const_lv1_0)) | (ap_start == ap_const_logic_0) | (ap_done_reg == ap_const_logic_1));
end
assign grp_nbreadreq_fu_68_p3 = rxEng_dataBuffer2_V_empty_n;
assign not_tmp_s_fu_262_p2 = (tmp_s_phi_fu_140_p8 ^ ap_const_lv1_1);
assign p_rtid_drop_flag_1_fu_255_p2 = (tmp_s_phi_fu_140_p8 | rtid_drop_flag_1_phi_fu_106_p8);
assign p_rtid_firstWord_flag_fu_269_p2 = (tmp_s_phi_fu_140_p8 | rtid_firstWord_flag_phi_fu_123_p8);
assign rxEng_dataBuffer3_V_din = reg_242;
assign tmp_428_read_fu_90_p2 = rxEng_tcpValidFifo_V_dout;
assign tmp_82_nbreadreq_fu_82_p3 = rxEng_tcpValidFifo_V_empty_n;


endmodule //toe_rxTcpInvalidDropper